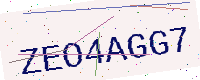
Text: ZEO4AGG7